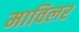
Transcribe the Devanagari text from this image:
माविलर